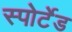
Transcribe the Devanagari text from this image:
स्पोर्टेड